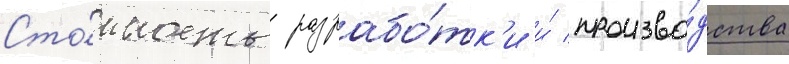
Сто́имость разрабо́тк'и и́ произво́дства